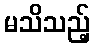
မသိသည့်